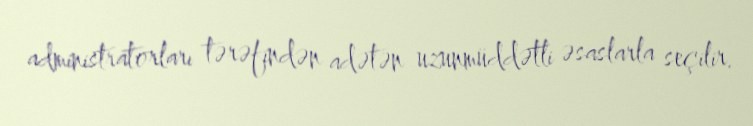
administratorları tərəfindən adətən uzunmüddətli əsaslarla seçilir.